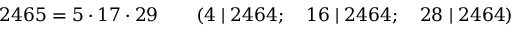
2 4 6 5 = 5 \cdot 1 7 \cdot 2 9 \qquad ( 4 \mid 2 4 6 4 ; \quad 1 6 \mid 2 4 6 4 ; \quad 2 8 \mid 2 4 6 4 )